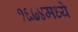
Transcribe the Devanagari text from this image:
१६७४मध्ये